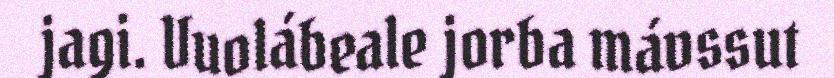
jagi. Vuolábeale jorba mávssut